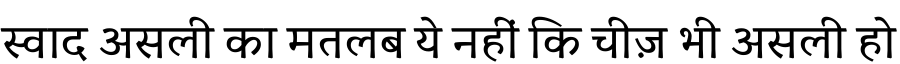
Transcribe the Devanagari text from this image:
स्वाद असली का मतलब ये नहीं कि चीज़ भी असली हो